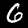
Digit: 6